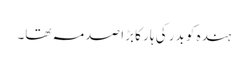
ہندہ کو بدر کی ہار کا بڑا صدمہ تھا۔